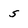
Character: s